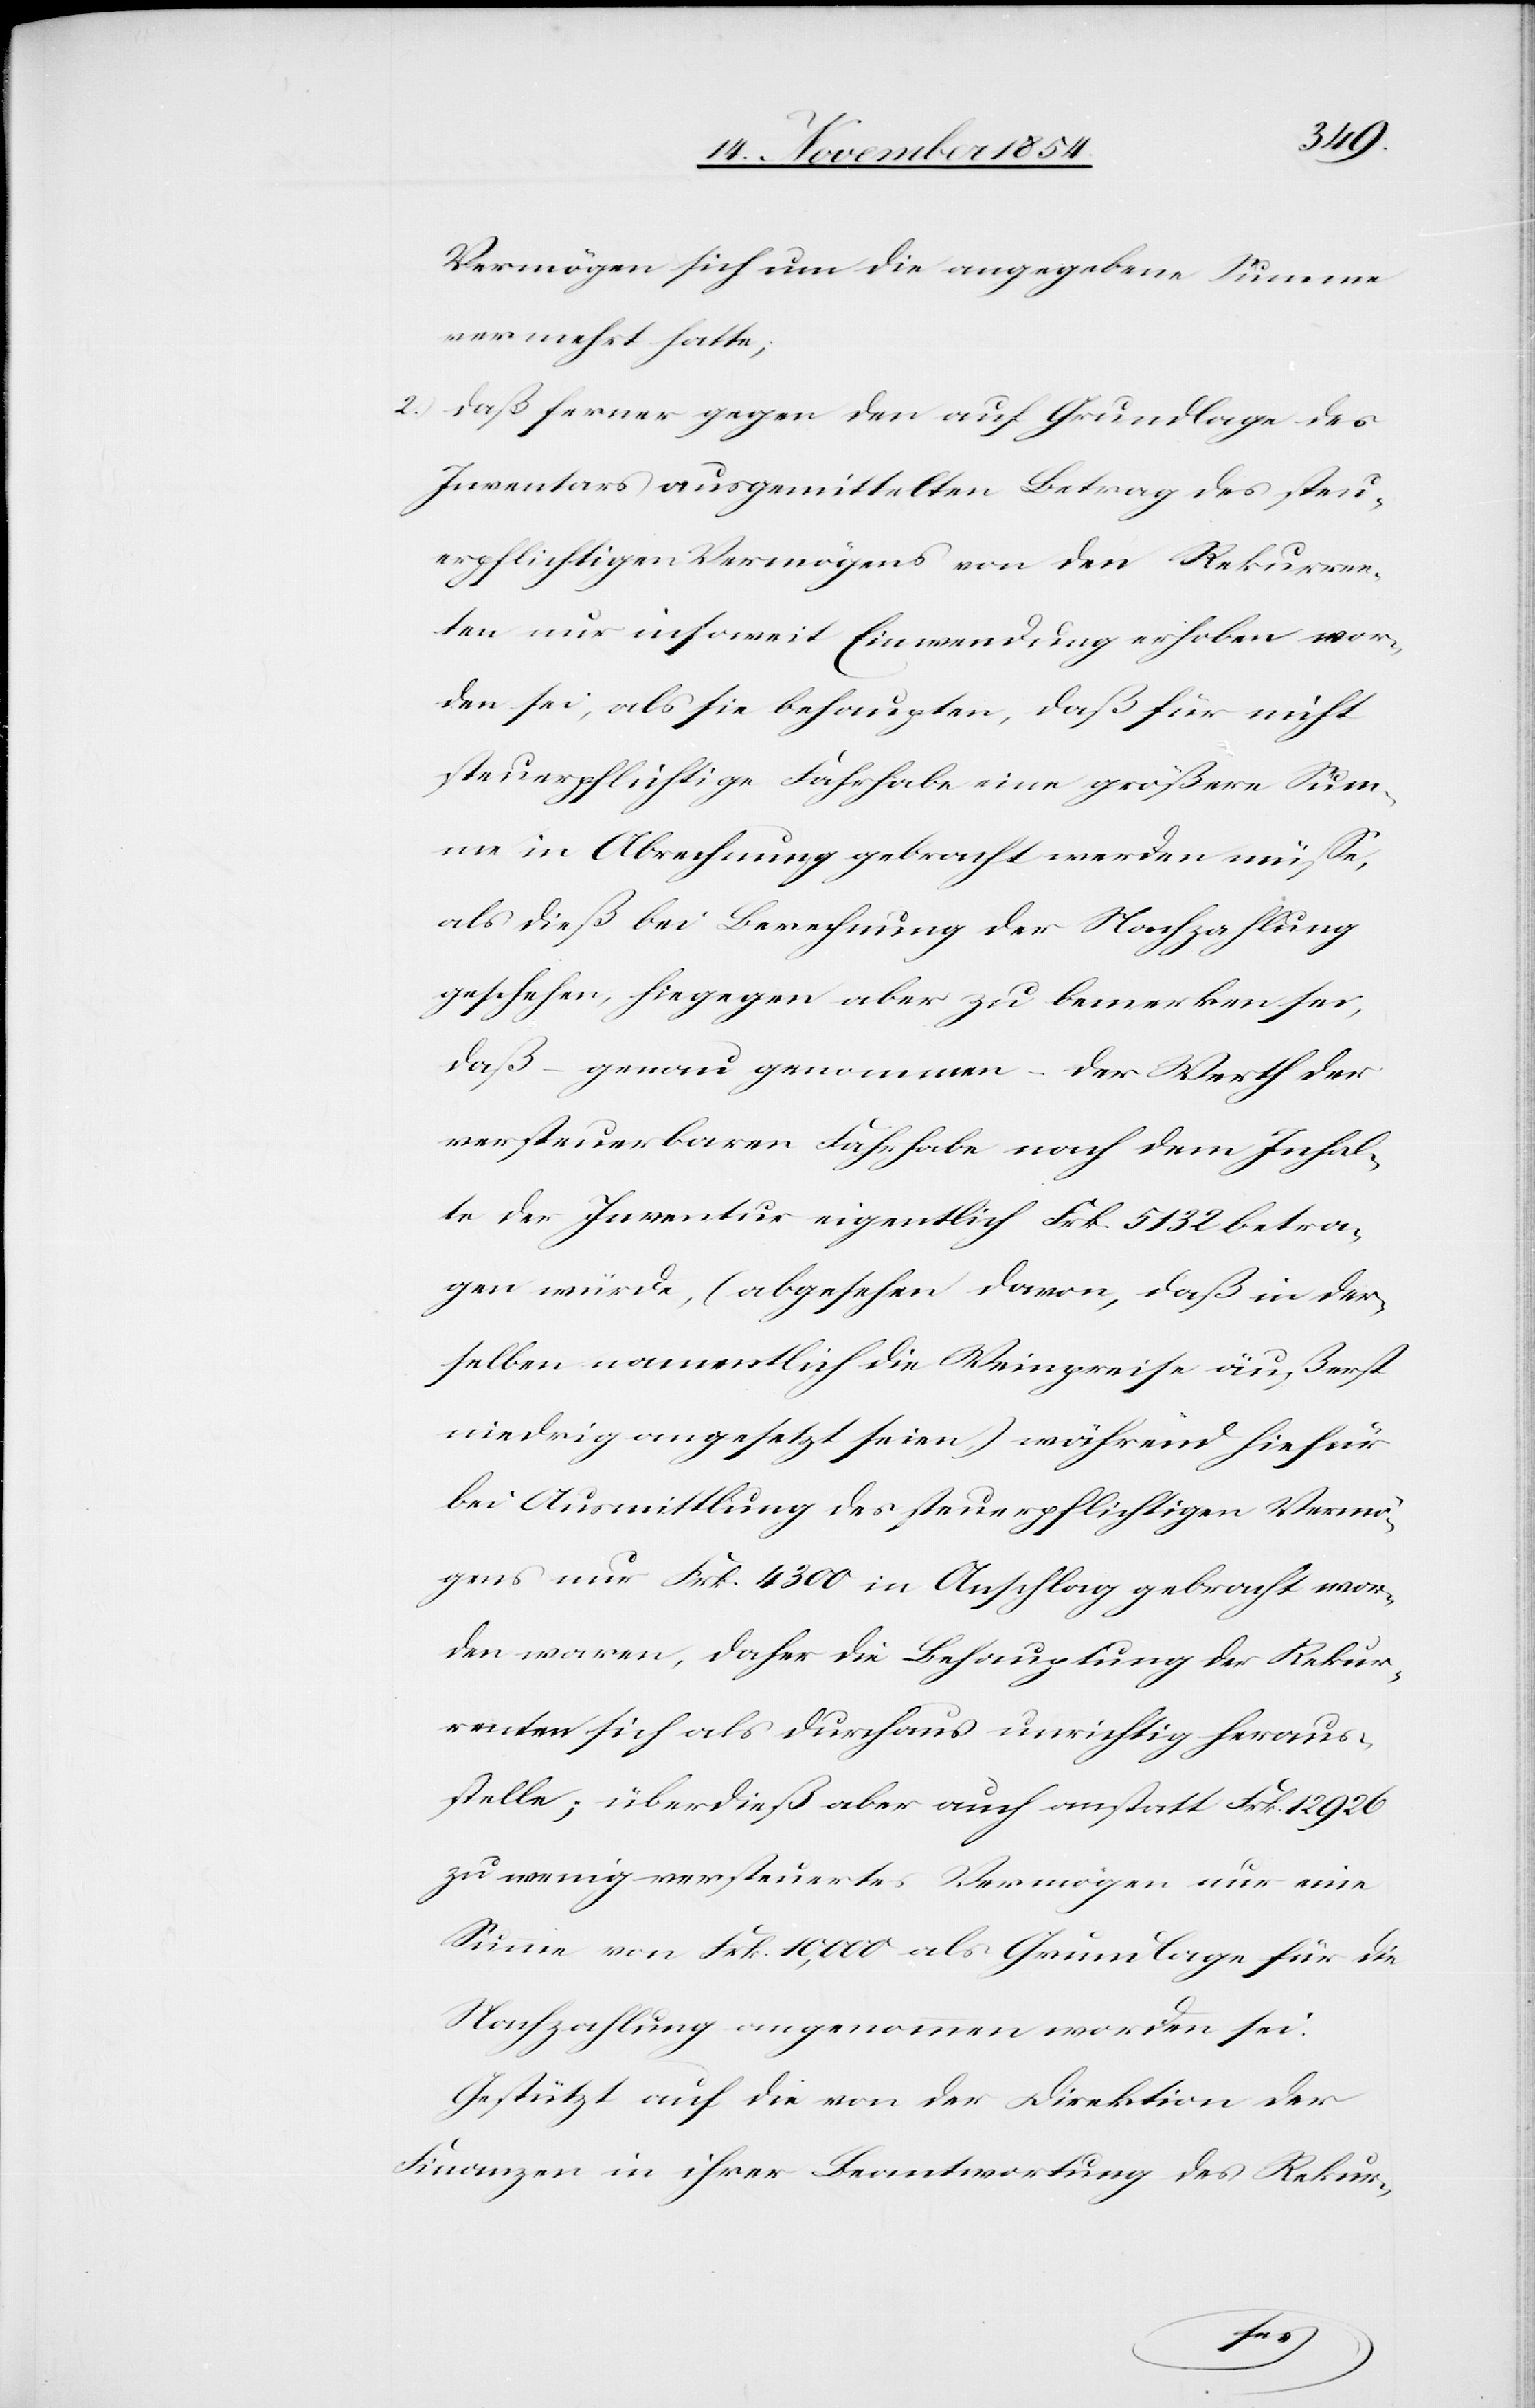
Vermögen sich um die angegebene Summe
vermehrt hatte;
2.) daß ferner gegen den auf Grundlage des
Inventars ausgemittelten Betrag des steu¬
erpflichtigen Vermögens von den Rekurren¬
ten nur insoweit Einwendung erhoben wor¬
den sei, als sie behaupten, daß für nicht
steuerpflichtige Fahrhabe eine größere Sum¬
me in Abrechnung gebracht werden müße,
als dieß bei Berechnung der Nachzahlung
geschehen, hiegegen aber zu bemerken sei,
daß – genau genommen – der Werth der
versteuerbaren Fahrhabe nach dem Inhal¬
te der Inventur eigentlich Frk. 5132 betra¬
gen würde, (abgesehen davon, daß in der¬
selben namentlich die Weinpreise äußerst
niedrig angesetzt seien,) während hiefür
bei Ausmittlung des steuerpflichtigen Vermö¬
gens nur Frk. 4300 in Anschlag gebracht wor¬
den waren, daher die Behauptung der Rekur¬
renten sich als durchaus unrichtig heraus¬
stelle; überdieß aber auch anstatt Frk. 12 926
zu wenig versteuertes Vermögen nur eine
Summe von Frk. 10,000 als Grundlage für die
Nachzahlung angenommen worden sei.
Gestützt auf die von der Direktion der
Finanzen in ihrer Beantwortung des Rekur-